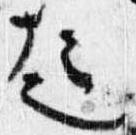
起